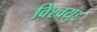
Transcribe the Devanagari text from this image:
विश्वयुद्द